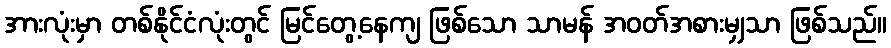
အားလုံးမှာ တစ်နိုင်ငံလုံးတွင် မြင်တွေ့နေကျ ဖြစ်သော သာမန် အဝတ်အစားမျှသာ ဖြစ်သည်။